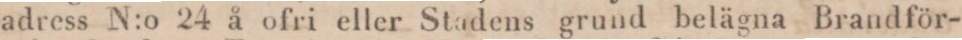
adress N:o 24 å ofri eller Stadens grund belägna Brandför-